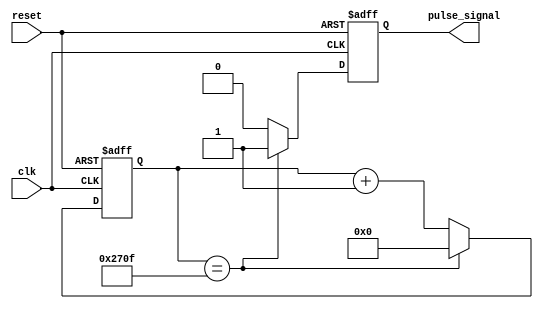
module RTC_timer (
    input wire clk,
    input wire reset,
    output reg pulse_signal
);

reg [15:0] counter;

always @(posedge clk or posedge reset) begin
    if (reset) begin
        counter <= 16'd0;
        pulse_signal <= 1'b0;
    end else begin
        if (counter == 16'd9999) begin
            pulse_signal <= 1'b1;
            counter <= 16'd0;
        end else begin
            counter <= counter + 16'd1;
            pulse_signal <= 1'b0;
        end
    end
end

endmodule